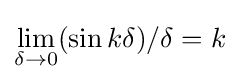
\lim _{\delta \to 0}(\sin k\delta )/\delta =k